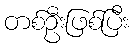
တစ်ဦးဖြစ်ပြီး